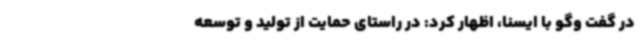
در گفت وگو با ایسنا، اظهار کرد: در راستای حمایت از تولید و توسعه